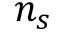
n _ { s }